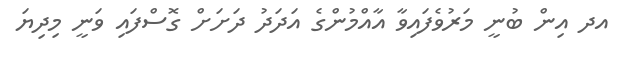
އދ އިން ބުނީ މަރުވެފައިވާ އާއްމުންގެ އަދަދު ދަށަށް ގޮސްފައި ވަނީ މިދިޔަ